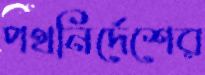
পথনির্দেশের